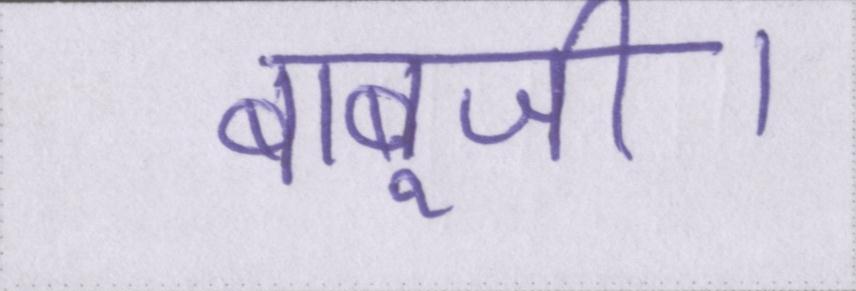
बाबूजी।